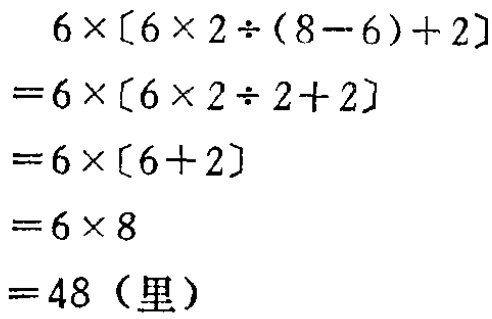
\[

\begin{align*}

&6\times[6\times2\div(8 - 6)+2]\\

=&6\times[6\times2\div2+2]\\

=&6\times[6 + 2]\\

=&6\times8\\

=&48\ (\text{里})

\end{align*}

\]